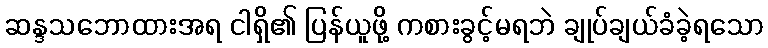
ဆန္ဒသဘောထားအရ ငါရှိ၏ ပြန်ယူဖို့ ကစားခွင့်မရဘဲ ချုပ်ချယ်ခံခဲ့ရသော